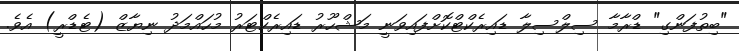
"ބިތުފަންގި" ޑްރާމާ ސިލްސިލާ ޑައިރެކްޓްކޮށްފައިވަނީ މަޝްހޫރު ޑައިރެކްޓަރު މުހައްމަދު ނިޔާޒް (ޓެޑްރީ) އެވެ.